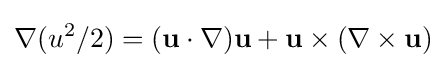
\nabla (u^{2}/2)=(\mathbf {u} \cdot \nabla )\mathbf {u} +\mathbf {u} \times (\nabla \times \mathbf {u} )